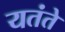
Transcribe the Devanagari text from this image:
यतंते